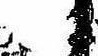
る